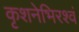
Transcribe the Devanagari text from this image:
कृशनेभिरश्वं